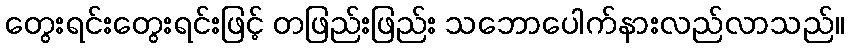
တွေးရင်းတွေးရင်းဖြင့် တဖြည်းဖြည်း သဘောပေါက်နားလည်လာသည်။